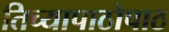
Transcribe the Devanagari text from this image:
तिच्यापाठोपाठ